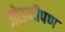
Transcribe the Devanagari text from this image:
जोडणीपण